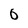
Character: 0